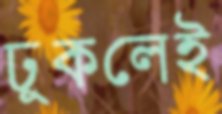
ঢুকলেই